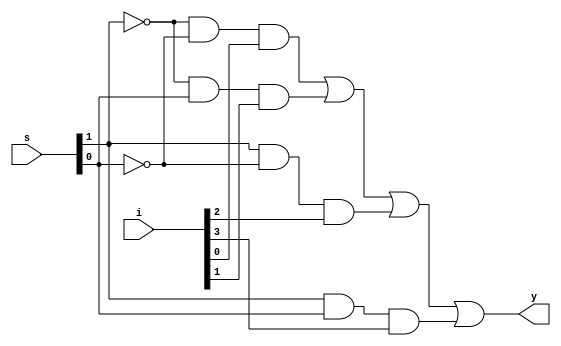
module mux4_1(
input [3:0]i,
input [1:0]s,
output y
);
assign y=(~s[1]&~s[0]&i[0])|(~s[1]&s[0]&i[1])|(s[1]&~s[0]&i[2])|(s[1]&s[0]&i[3]);
endmodule

module mux4_1_tb();
reg [3:0]i;
reg [1:0]s;
wire y;
mux4_1 dut(i,s,y);
initial begin
i=4'b0000;s=2'b00;#10;
i=4'b0010;s=2'b01;#10;
i=4'b0100;s=2'b10;#10;
i=4'b1000;s=2'b11;#10;
end
initial $monitor("i=%0b s=%0b y=%0b",i,s,y);
endmodule